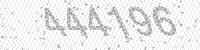
Solution: 444196